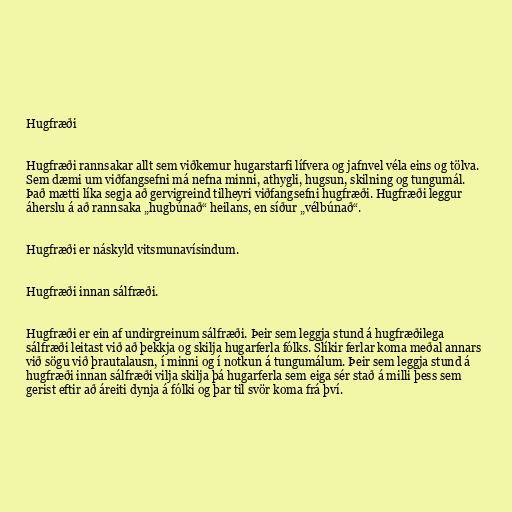
Hugfræði

Hugfræði rannsakar allt sem viðkemur hugarstarfi lífvera og jafnvel véla eins og tölva.
Sem dæmi um viðfangsefni má nefna minni, athygli, hugsun, skilning og tungumál.
Það mætti líka segja að gervigreind tilheyri viðfangsefni hugfræði. Hugfræði leggur
áherslu á að rannsaka „hugbúnað“ heilans, en síður „vélbúnað“.

Hugfræði er náskyld vitsmunavísindum.

Hugfræði innan sálfræði.

Hugfræði er ein af undirgreinum sálfræði. Þeir sem leggja stund á hugfræðilega
sálfræði leitast við að þekkja og skilja hugarferla fólks. Slíkir ferlar koma meðal annars
við sögu við þrautalausn, í minni og í notkun á tungumálum. Þeir sem leggja stund á
hugfræði innan sálfræði vilja skilja þá hugarferla sem eiga sér stað á milli þess sem
gerist eftir að áreiti dynja á fólki og þar til svör koma frá því.